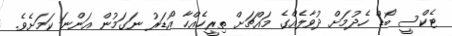
ޓެކްސީ ބޯޑް ހެދުމަށް ދުވާލެއްގެ މައްޗަށް ތިރީހެއްހާ އޯޑަރު ނަގަމުން އަންނަ ކަމަށެވެ.